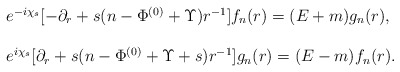
\begin{align*}\begin{array}{l}e^{-i\chi_s}[-\partial_r+s(n-\Phi^{(0)}+\Upsilon)r^{-1}]f_n(r)=(E+m)g_n(r),\\\\e^{i\chi_s}[\partial_r+s(n-\Phi^{(0)}+\Upsilon+s)r^{-1}]g_n(r)=(E-m)f_n(r).\end{array}\end{align*}